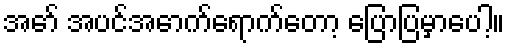
အော် အပင်အောက်ရောက်တော့ ပြောပြမှာပေါ့။